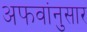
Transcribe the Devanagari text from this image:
अफवांनुसार